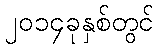
၂၀၁၄ခုနှစ်တွင်